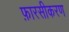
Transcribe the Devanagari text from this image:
फ़ारसीकरण